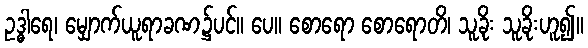
ဥဒ္ဓါရေ၊ မျှောက်ယူရာခဏ၌ပင်။ ပေ။ စောရော စောရောတိ၊ သူခိုး သူခိုးဟူ၍။